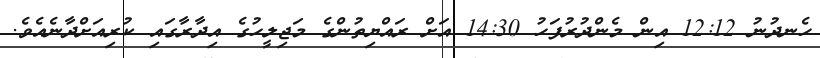
ހެނދުނު 12:12 އިން މެންދުރުފަހު 14:30 އަށް ރައްޔިތުންގެ މަޖިލީހުގެ އިދާރާގައި ކުރިއަށްދާނެއެވެ.